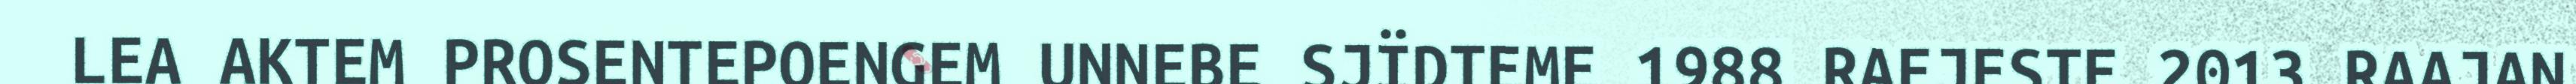
LEA AKTEM PROSENTEPOENGEM UNNEBE SJÏDTEME 1988 RAEJESTE 2013 RAAJAN